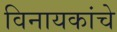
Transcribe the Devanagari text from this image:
विनायकांचे